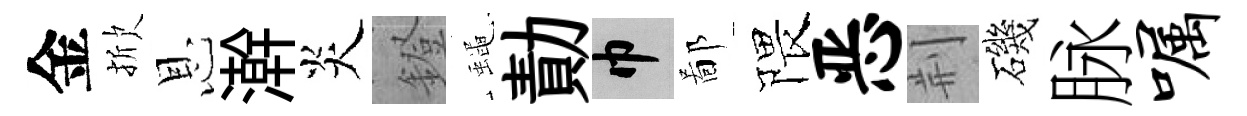
金掀恩澣炎鐙蠅勣巾鄙隈恶荆磯脉嘱